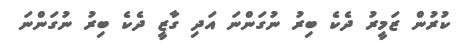
ކުރުން ޒަމީރު ދެކެ ބިރު ނުގަންނަ އަދި ގާޒީ ދެކެ ބިރު ނުގަންނަ